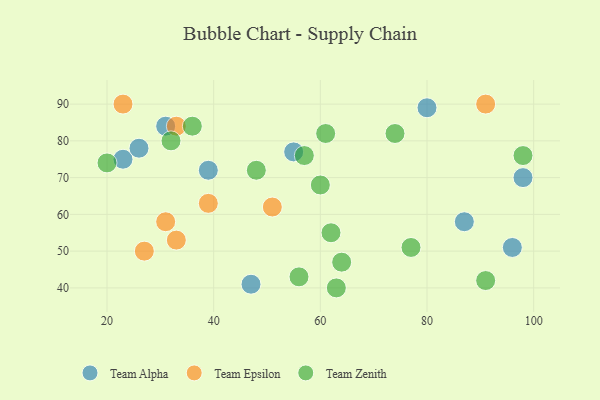
{"axis": {"x": "GDP", "y": "Life Expectancy"}, "legend": ["Team Alpha", "Team Epsilon", "Team Zenith"], "data": [{"x": "80", "y": 89, "type": "Team Alpha"}, {"x": "96", "y": 51, "type": "Team Alpha"}, {"x": "23", "y": 75, "type": "Team Alpha"}, {"x": "98", "y": 70, "type": "Team Alpha"}, {"x": "55", "y": 77, "type": "Team Alpha"}, {"x": "31", "y": 84, "type": "Team Alpha"}, {"x": "87", "y": 58, "type": "Team Alpha"}, {"x": "26", "y": 78, "type": "Team Alpha"}, {"x": "39", "y": 72, "type": "Team Alpha"}, {"x": "47", "y": 41, "type": "Team Alpha"}, {"x": "23", "y": 90, "type": "Team Epsilon"}, {"x": "33", "y": 84, "type": "Team Epsilon"}, {"x": "39", "y": 63, "type": "Team Epsilon"}, {"x": "31", "y": 58, "type": "Team Epsilon"}, {"x": "51", "y": 62, "type": "Team Epsilon"}, {"x": "27", "y": 50, "type": "Team Epsilon"}, {"x": "91", "y": 90, "type": "Team Epsilon"}, {"x": "33", "y": 53, "type": "Team Epsilon"}, {"x": "74", "y": 82, "type": "Team Zenith"}, {"x": "57", "y": 76, "type": "Team Zenith"}, {"x": "63", "y": 40, "type": "Team Zenith"}, {"x": "48", "y": 72, "type": "Team Zenith"}, {"x": "32", "y": 80, "type": "Team Zenith"}, {"x": "77", "y": 51, "type": "Team Zenith"}, {"x": "20", "y": 74, "type": "Team Zenith"}, {"x": "61", "y": 82, "type": "Team Zenith"}, {"x": "36", "y": 84, "type": "Team Zenith"}, {"x": "91", "y": 42, "type": "Team Zenith"}, {"x": "62", "y": 55, "type": "Team Zenith"}, {"x": "60", "y": 68, "type": "Team Zenith"}, {"x": "98", "y": 76, "type": "Team Zenith"}, {"x": "56", "y": 43, "type": "Team Zenith"}, {"x": "64", "y": 47, "type": "Team Zenith"}]}